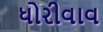
ધોરીવાવ